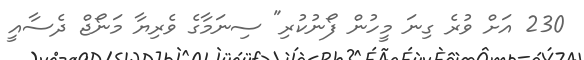
230 އަށް ވުރެ ގިނަ މީހުން ފޯނުކުރި" ސިނަމާގެ ވެރިޔާ މަނޯޖް ދެސާއީ